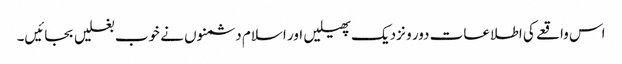
اس واقعے کی اطلاعات دور و نزدیک پھیلیں اور اسلام دشمنوں نے خوب بغلیں بجائیں۔